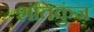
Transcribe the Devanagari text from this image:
शंतिकुंज